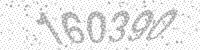
Solution: 160390